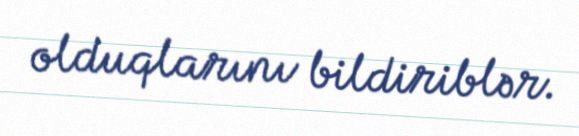
olduqlarını bildiriblər.